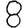
Digit: 8